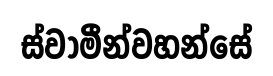
ස්වාමීන්වහන්සේ